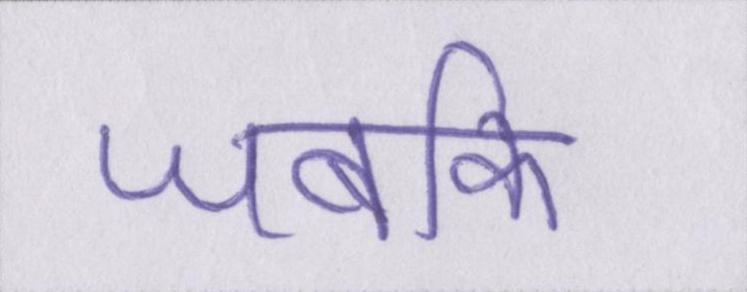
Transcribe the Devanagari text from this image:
जबकि